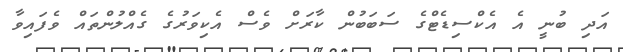
އަދި ބުނީ އެ އެކްސިޑެޓްގެ ސަބަބުން ކާރަށް ވެސް އެކިވަރުގެ ގެއްލުންތައް ވެފައިވާ